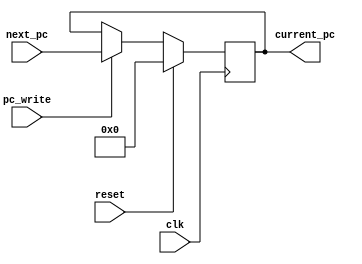
module PC (input reset,
            input clk,
            input [31:0] next_pc,
            input pc_write,
            output [31:0] current_pc);
  
  reg [31:0] pc;

  assign current_pc = pc;
  


  always @(posedge clk) begin
    if(reset) begin
      pc <= 32'b0;
    end
    else if(pc_write) begin
      pc <= next_pc;
    end
    else begin
      // pc <= pc;
    end
  end
endmodule

module Adder (input [31:0] input1, input [31:0] input2, output [31:0] output_adder);
    assign output_adder=input1+input2;
endmodule